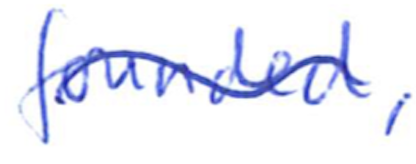
Text: founded,
Cross-out: wave
Writing tool: ballpoint